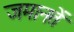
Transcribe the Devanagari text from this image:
जमानतें